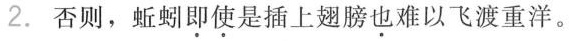
2.否则，蚯蚓即使是插上翅膀也难以飞渡重洋。